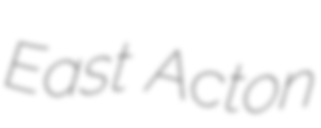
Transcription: East Acton